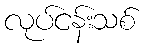
လုပ်ငန်းသစ်